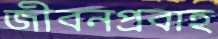
জীবনপ্রবাহ